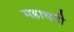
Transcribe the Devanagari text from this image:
महाधनी